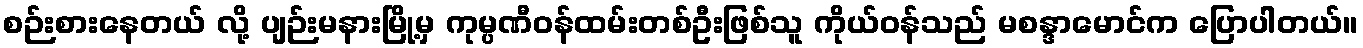
စဉ်းစားနေတယ် လို့ ပျဉ်းမနားမြို့မှ ကုမ္ပဏီဝန်ထမ်းတစ်ဦးဖြစ်သူ ကိုယ်ဝန်သည် မစန္ဒာမောင်က ပြောပါတယ်။